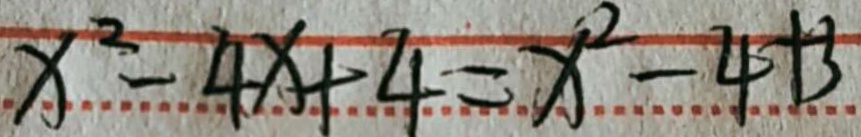
x ^ { 2 } - 4 x + 4 = x ^ { 2 } - 4 + 3